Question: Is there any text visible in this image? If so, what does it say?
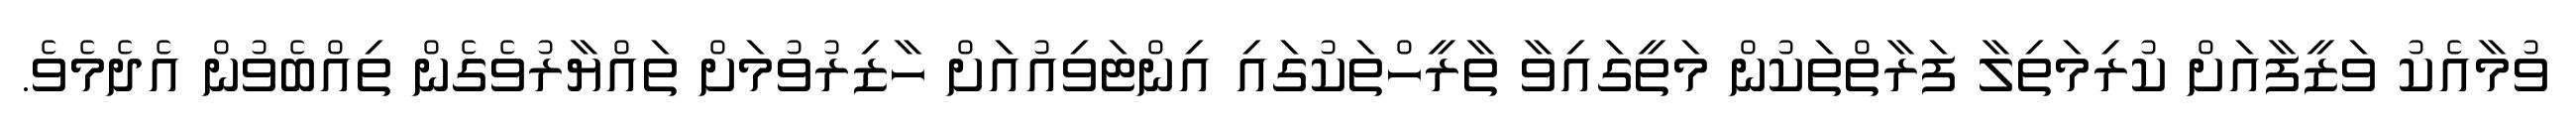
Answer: ވުމާއެކު ވަޒީފާއަށް ކުރިމަތިލާ ފަރާތްތަކުން މަތީގައިވާ ތާރީހްތަކުގައި އިންޓަވިއުއަށް ހާޒިރުވުމަށް ތައްޔާރުވެގެން ތިއްބެވުން އެދެމެވެ.